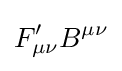
F_{\mu \nu }^{\prime }B^{\mu \nu }